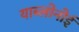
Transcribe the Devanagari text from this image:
याब्लोनोई